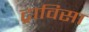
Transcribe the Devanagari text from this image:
ट्राविसा